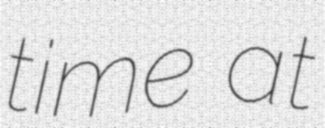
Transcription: time at